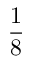
\frac 1 8